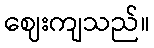
ဈေးကျသည်။